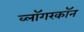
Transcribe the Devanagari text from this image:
व्लॉगरकॉन